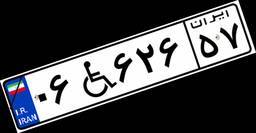
۰۶W۶۲۶۵۷